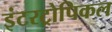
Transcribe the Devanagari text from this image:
इंटरट्रोपिकल